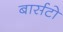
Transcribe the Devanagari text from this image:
बार्सटो